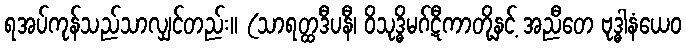
ရအပ်ကုန်သည်သာလျှင်တည်း။ (သာရတ္ထဒီပနီ၊ ဝိသုဒ္ဓိမဂ်ဋီကာတို့နှင့် အညီတေ ဗုဒ္ဓါနံယေဝ